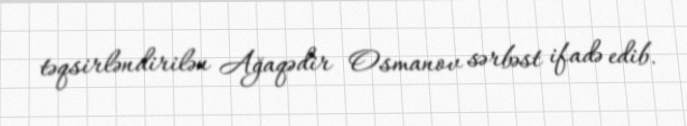
təqsirləndirilən Ağaqədir Osmanov sərbəst ifadə edib.